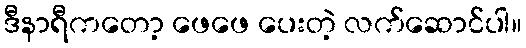
ဒီနာရီကတော့ ဖေဖေ ပေးတဲ့ လက်ဆောင်ပါ။